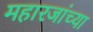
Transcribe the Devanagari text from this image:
महारजांच्या